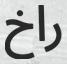
راخ